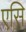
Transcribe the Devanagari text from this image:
एसि